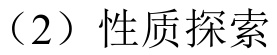
（2）性质探索